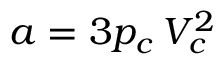
a = 3 p _ { c } \, V _ { c } ^ { 2 }